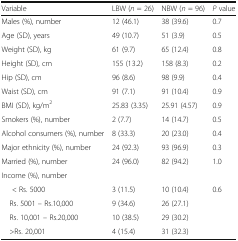
| Variable | LBW (n = 26) | NBW (n = 96) | P value |
 | --- | --- | --- | --- |
 | Males (%), number | 12 (46.1) | 38 (39.6) | 0.7 |
 | Age (SD), years | 49 (10.7) | 51 (3.9) | 0.5 |
 | Weight (SD), kg | 61 (9.7) | 65 (12.4) | 0.8 |
 | Height (SD), cm | 155 (13.2) | 158 (8.3) | 0.2 |
 | Hip (SD), cm | 96 (8.6) | 98 (9.9) | 0.4 |
 | Waist (SD), cm | 91 (7.1) | 91 (10.4) | 0.9 |
 | BMI (SD), kg/m2 | 25.83 (3.35) | 25.91 (4.57) | 0.9 |
 | Smokers (%), number | 2 (7.7) | 14 (14.7) | 0.5 |
 | Alcohol consumers (%), number | 8 (33.3) | 20 (23.0) | 0.4 |
 | Major ethnicity (%), number | 24 (92.3) | 93 (96.9) | 0.3 |
 | Married (%), number | 24 (96.0) | 82 (94.2) | 1.0 |
 | Income (%), number |  |  |  |
 | < Rs. 5000 | 3 (11.5) | 10 (10.4) | 0.6 |
 | Rs. 5001 – Rs.10,000 | 9 (34.6) | 26 (27.1) |  |
 | Rs. 10,001 – Rs.20,000 | 10 (38.5) | 29 (30.2) |  |
 | >Rs. 20,001 | 4 (15.4) | 31 (32.3) |  |